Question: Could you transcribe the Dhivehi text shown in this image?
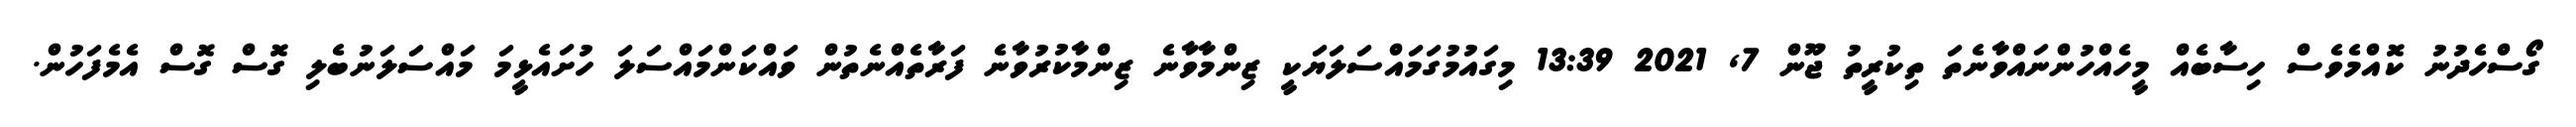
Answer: ގޯސްހެދުނު ކޮއްމެވެސް ހިސާބެއް މީހެއްހުންނައްވާނެތަ ތިކުރީތު ޖޫން 7, 2021 13:39 މިގައުމުގަމައްސަލަޔަކީ ޒިންމާވާނެ ޒިންމާކުރުވާނެ ފަރާތެއްނެތުން ވައްކަންމައްސަލަ ހުށައެޅީމަ މައްސަލަނުބެލި ގޮސް ގޮސް އެމެފަހުން.